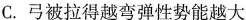
C. 弓被拉得越弯弹性势能越大